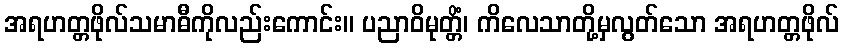
အရဟတ္တဖိုလ်သမာဓီကိုလည်းကောင်း။ ပညာဝိမုတ္တိံ၊ ကိလေသာတို့မှလွတ်သော အရဟတ္တဖိုလ်